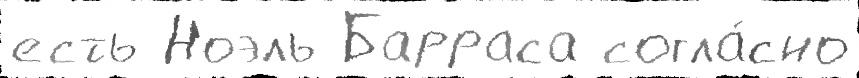
есть Ноэль Барраса согла́сно